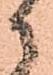
候